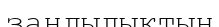
заңдылықтың